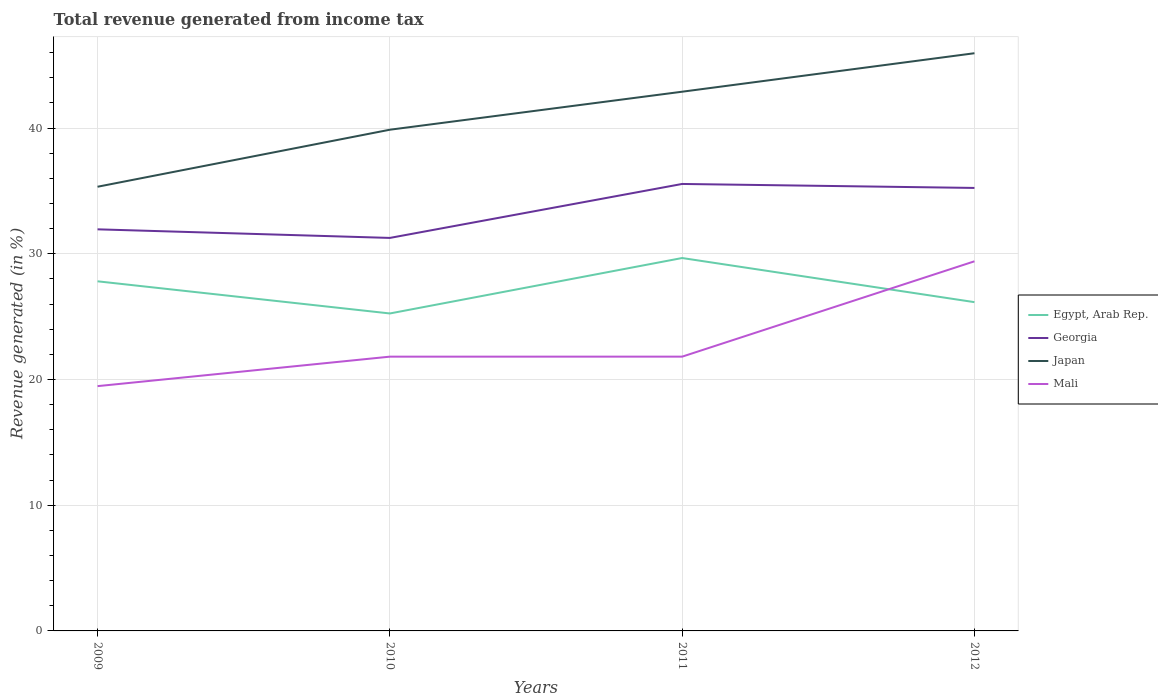
| Years | Egypt, Arab Rep. | Georgia | Japan | Mali |
 | --- | --- | --- | --- | --- |
 | 2009 | 27.8 | 31.9 | 35.3 | 19.5 |
 | 2010 | 25.3 | 31.3 | 39.9 | 21.8 |
 | 2011 | 29.7 | 35.6 | 42.9 | 21.8 |
 | 2012 | 26.2 | 35.2 | 46 | 29.4 |